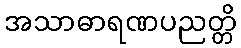
အသာဓာရဏပညတ္တိ